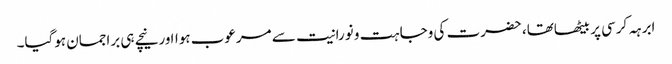
ابرہہ کرسی پر بیٹھاتھا، حضرت کی وجاہت و نورانیت سے مرعوب ہوااورنیچے ہی براجمان ہوگیا۔